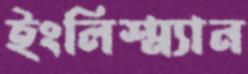
ইংলিশ্‌ম্যান